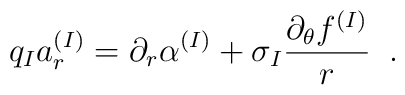
q_{I}a^{(I)}_{r}=\partial_{r}\alpha^{(I)}                      +\sigma_{I}\frac{\partial_{\theta}f^{(I)}}{r} \;\;.